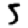
Digit: 5